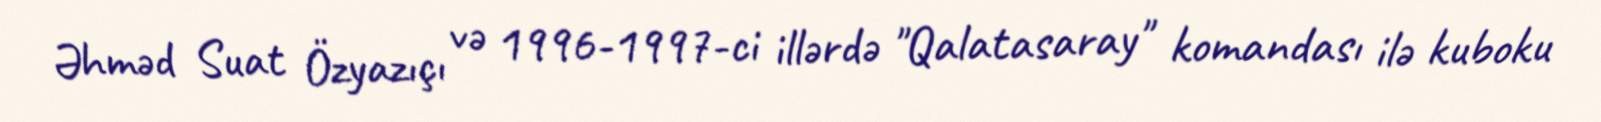
Əhməd Suat Özyazıçı və 1996-1997-ci illərdə "Qalatasaray" komandası ilə kuboku